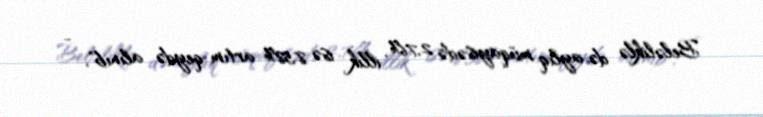
Beləliklə də aylıq müqayisədə 2,76%, illik isə 8,58% artım qeydə alınıb", -